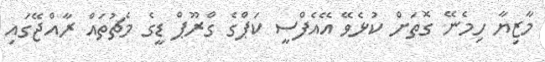
މާޒިޔާ ހިމެނޭ ގޮތަށް ކުޅެވޭ އޭއެފްސީ ކަޕްގެ ގްރޫޕް ޑީގެ މެޗުތައް ރާއްޖޭގައި